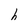
Character: h